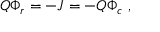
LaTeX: Q \Phi _ { r } = - J = - Q \Phi _ { c } \ ,